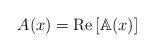
LaTeX: \begin{align*}A(x)=\operatorname{Re}\left[\mathbb{A}(x)\right]\end{align*}